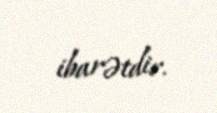
ibarətdir.